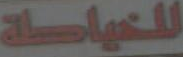
للخياطة